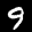
Label: 9